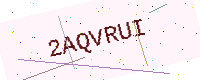
Text: 2AQVRUI